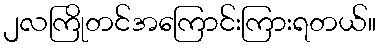
၂လကြိုတင်အကြောင်းကြားရတယ်။